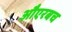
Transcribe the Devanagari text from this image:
औएरबच